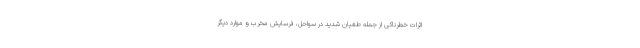
اثرات خطرناکی از جمله طغیان شدید در سواحل، فرسایش مخرب و موارد دیگر